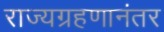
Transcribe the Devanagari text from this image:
राज्यग्रहणानंतर